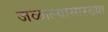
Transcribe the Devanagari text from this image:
जळाल्यासारख्या